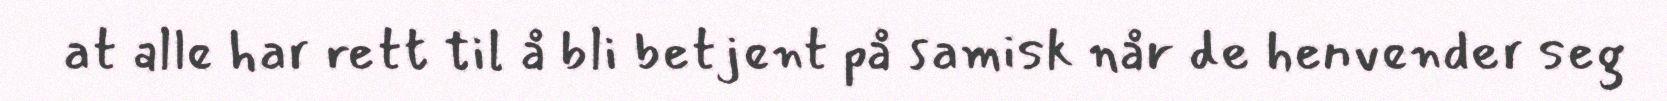
at alle har rett til å bli betjent på samisk når de henvender seg